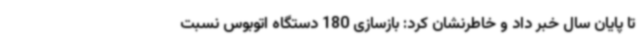
تا پایان سال خبر داد و خاطرنشان کرد: بازسازی 180 دستگاه اتوبوس نسبت